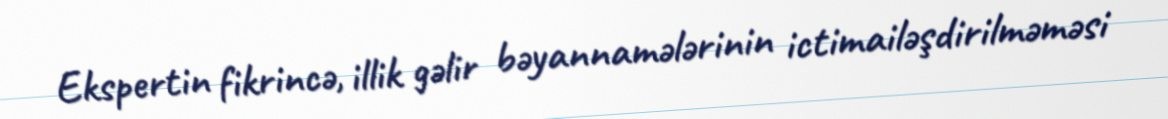
Ekspertin fikrincə, illik gəlir bəyannamələrinin ictimailəşdirilməməsi